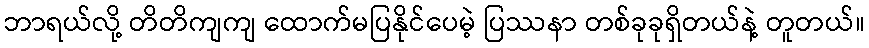
ဘာရယ်လို့ တိတိကျကျ ထောက်မပြနိုင်ပေမဲ့ ပြဿနာ တစ်ခုခုရှိတယ်နဲ့ တူတယ်။